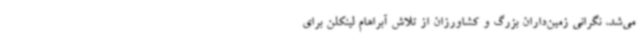
می‌شد، نگرانی زمین‌داران بزرگ و کشاورزان از تلاش آبراهام لینکلن برای